Leaving Certificate Examination, 1908
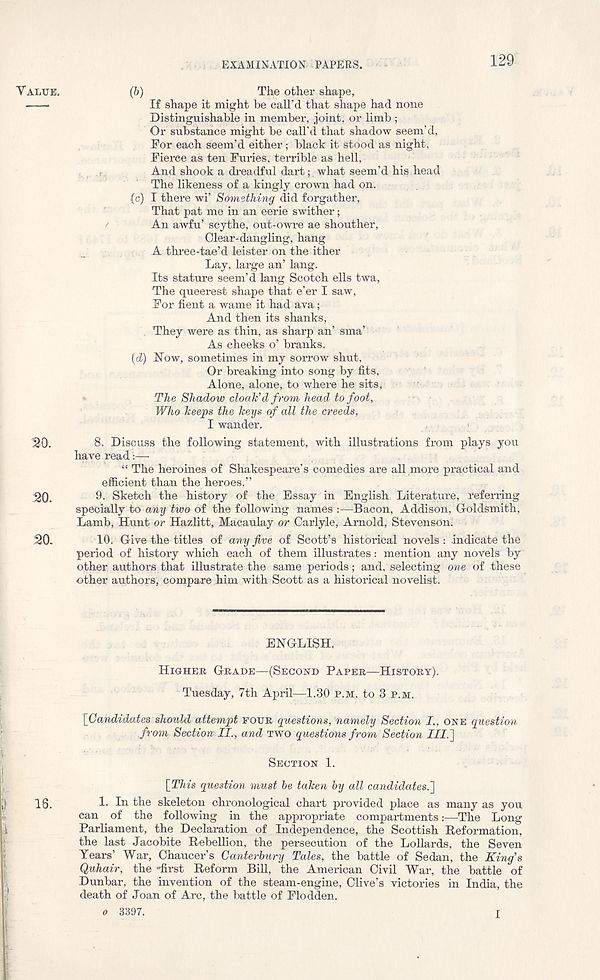
EXAMINATION PAPERS.
129
VALUE.
(b)
The other shape,
If shape it might he call’d that shape had none
Distinguishable in member, ,i o m.t, or limb ;
Or substance might be call’d that shadow seem’d,
Por each seem’d either; black it stood as night.
Pierce as ten Furies, terrible as hell,
And shook a dreadful dart;, what seem’d his head
The likeness of a kingly crown had on.
(c) I there wi’ Something did forgather,
That pat me in an eerie swither;
An awfu’ scythe, out-owre ae shouther,
Clear-dangling, hang
A three-tae’d leister on the ither
Lay, large an’ lang.
Its stature seem’d lang Scotch ells twa.
The queerest shape that e’er I saw,
Por fient a wame it had ava;
And then its shanks,
They were as thin, as sharp an’ sma’
As cheeks o’ branks.
(d) Now, sometimes in my sorrow shut,
Or breaking into song by fits,
Alone, alone, to where he sits,
The Shadow cloak’d from head to foot,
Who keeps the keys of all the creeds,
I wander.
20.
8- Discuss the following statement, with illustrations from plays you
have read:—-
“ The heroines of Shakespeare’s comedies are all .more practical and
efficient than the heroes.”
20.
9. Sketch the history of the Essay in English Literature, referring
specially to any two of the following names :—Bacon, Addison, Goldsmith,
Lamb, Hunt or Hazlitt, Macaulay or Carlyle, Arnold, Stevenson.
20.
10. Give the titles of any five of Scott’s historical novels : indicate the
period of history which each of them illustrates: mention any novels by
other authors that illustrate the same periods; and, selecting one of these
other authors, compare him with Scott as a historical novelist.
ENGLISH.
HIGHER GRADE—(SECOND PAPER—HISTORY).
Tuesday, 7th April—1.30 P.M. to 3 P.M.
\Gandidates should attempt POUR questions, namely Section I., ONE question
from Section II., and TWO questions from Section ///.]
SECTION 1.
[This question must he taken by all candidates.']
16.
1. In the skeleton chronological chart provided place as many as you
can of the following in the appropriate compartments :■—The Long
Parliament, the Declaration of Independence, the Scottish Reformation,
the last Jacobite Rebellion, the persecution of the Lollards, the Seven
Years’ War, Chaucer’s Canterbury Tales, the battle of Sedan, the King’s
Quhair, the -first Reform Bill, the American Civil War, the battle of
Dunbar, the invention of the steam-engine, Clive’s victories in India, the
death of Joan of Arc, the battle of Flodden.
e 3397.
I